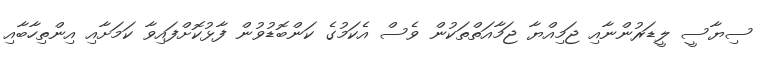
ސިޔާސީ ލީޑަރުންނާއި ޖަމިއްޔާ ޖަމާއަތްތަކުން ވެސް އެކަމުގެ ކަންބޮޑުވުން ފާޅުކޮށްފައިވާ ކަމަށާއި އިންތިހާބާއި